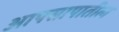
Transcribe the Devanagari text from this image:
आपसापातील